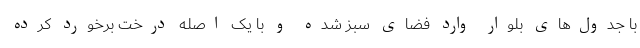
با جدول‌های بلوار وارد فضای سبز شده و با یک اصله درخت برخورد کرده